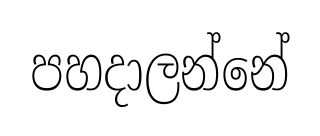
පහදාලන්නේ